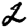
Digit: 2